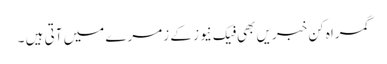
گمراہ کن خبریں بھی فیک نیوز کے زمرے میں آتی ہیں ۔